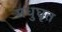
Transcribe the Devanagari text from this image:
मधुघृत